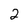
Character: 2